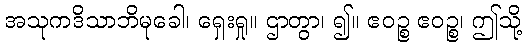
အသုကဒိသာဘိမုခေါ၊ ရှေးရှု။ ဌာတွာ၊ ၍။ ဧဝဉ္စ ဧဝဉ္စ၊ ဤသို့